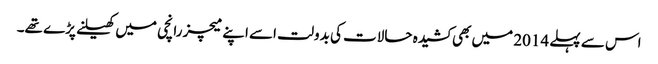
اس سے پہلے 2014 میں بھی کشیدہ حالات کی بدولت اسے اپنے میچز رانچی میں کھیلنے پڑے تھے۔